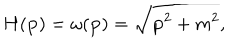
H ( { \bf p } ) = \omega ( { \bf p } ) = \sqrt { { \bf p } ^ { 2 } + m ^ { 2 } } ,